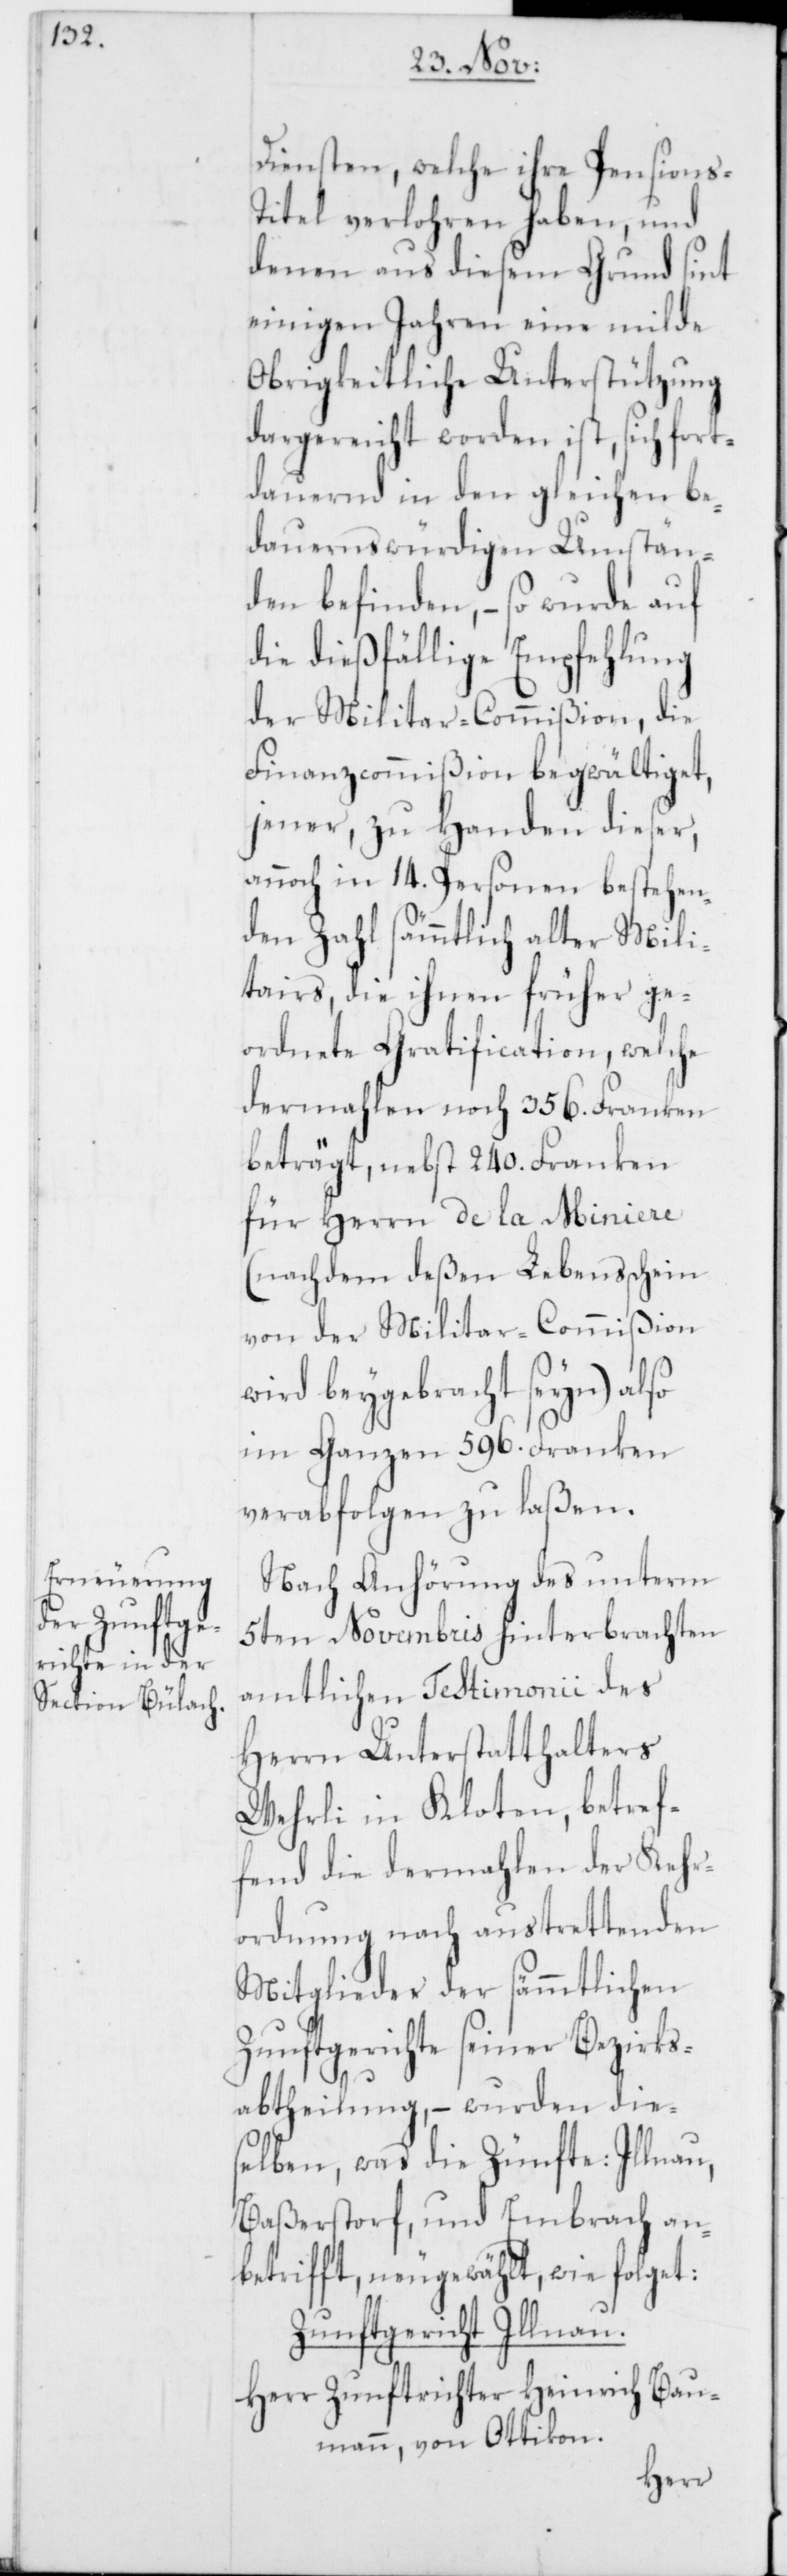
Diensten, welche ihre Pensions-T¬
itel verlohren haben, und
denen aus diesem Grund sint
einigen Jahren eine milde
Obrigkeitliche Unterstützung
dargereicht worden ist, sich fort¬
dauernd in den gleichen be¬
dauernswürdigen Umstän¬
den befinden, – so wurde auf
die dießfällige Empfehlung
der Militar-Commißion, die
Finanzcommißion begwältiget,
jener, zu Handen dieser,
annoch in 14. Personen bestehen¬
den Zahl sämmtlich alter Mili¬
tairs, die ihnen früher ge¬
ordnete Gratification, welche
dermahlen noch 356. Franken
beträgt, nebst 240. Franken
für Herrn de la Miniere
(nachdem deßen Lebensschein
von der Militar-Commißion
wird beygebracht seyn) also
im Ganzen 596. Franken
verabfolgen zu laßen.
Nach Anhörung des unterm
5ten Novembris hinterbrachten
amtlichen Testimonii des
Herrn Unterstatthalters
Wehrli in Kloten, betref¬
fend die dermahlen der Kehr¬
ordnung nach austrettenden
Mitglieder der sämmtlichen
Zunftgerichte seiner Bezirks¬
abtheilung, – wurden die¬
selben, was die Zünfte: Illnau,
Baßerstorf und Embrach an¬
betrifft, neugewählt, wie folget:
Zunftgericht Illnau.
Herr Zunftrichter Heinrich Bau¬
mann, von Ottikon.